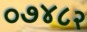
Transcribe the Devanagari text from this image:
०७४८२